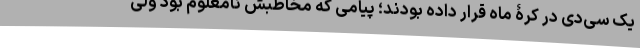
یک سی‌دی در کرۀ ماه قرار داده بودند؛ پیامی که مخاطبش نامعلوم بود ولی